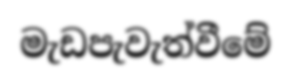
මැඩපැවැත්වීමේ